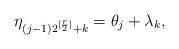
LaTeX: \begin{align*} \eta_{(j-1)2^{[{r\over 2}]}+k}= \theta_j + \lambda_k , \end{align*}